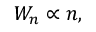
W _ { n } \propto n ,